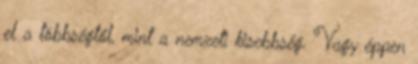
el a többségtől, mint a nemzeti kisebbség. Vagy éppen